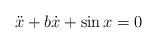
LaTeX: \begin{align*}\ddot x + b\dot x + \sin x = 0\end{align*}